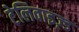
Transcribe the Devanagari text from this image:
टेलिवाइज़्ड